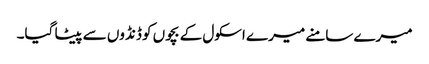
میرے سامنے میرے اسکول کے بچوں کو ڈنڈوں سے پیٹا گیا۔